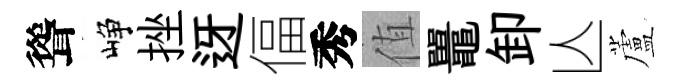
聳峥挫迓偪秀值鼉卸亾蘆